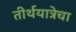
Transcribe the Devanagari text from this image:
तीर्थयात्रेचा